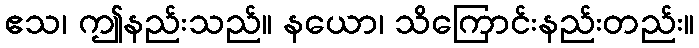
ဧသ၊ ဤနည်းသည်။ နယော၊ သိကြောင်းနည်းတည်း။